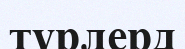
түрлерд